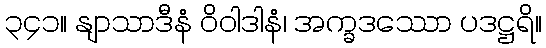
၃၄၁။ နျာသာဒီနံ ဝိဝါဒါနံ၊ အက္ခဒဿော ပဒဋ္ဌရိ။